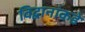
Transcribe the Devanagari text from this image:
विद्वानांकडे